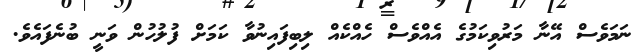
ނަމަވެސް އޭނާ މަރުވިކަމުގެ އެއްވެސް ހެއްކެއް ލިބިފައިނުވާ ކަމަށް ފުލުހުން ވަނީ ބުނެފައެވެ.